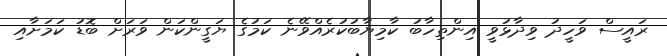
ރައީސް ވަހީދު ވިދާޅުވީ އިންތިހާބު ކާމިޔާބުކުރެއްވޭނެ ކަމުގެ ޔަގީންކަން ވަރަށް ބޮޑު ކަމަށާއި